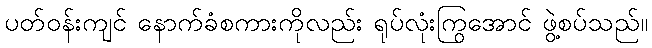
ပတ်ဝန်းကျင် နောက်ခံစကားကိုလည်း ရုပ်လုံးကြွအောင် ဖွဲ့စပ်သည်။